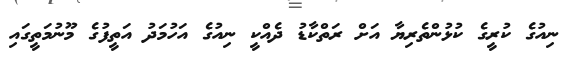
ނިއުގެ ކުރީގެ ކުޅުންތެރިޔާ އަށް ރަތްކާޑު ދެއްކީ ނިއުގެ އަހުމަދު އަތީފުގެ މޫނުމަތީގައި